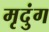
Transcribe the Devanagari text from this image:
मृदुंग